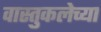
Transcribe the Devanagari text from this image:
वास्तुकलेच्या